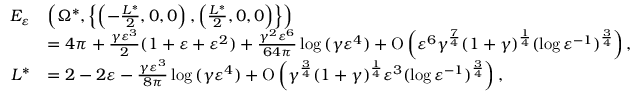
\begin{array} { r l } { E _ { \varepsilon } } & { \left( \Omega ^ { \ast } , \left\{ \left( - \frac { L ^ { \ast } } { 2 } , 0 , 0 \right) , \left( \frac { L ^ { \ast } } { 2 } , 0 , 0 \right) \right\} \right) } \\ & { = 4 \pi + \frac { \gamma \varepsilon ^ { 3 } } { 2 } ( 1 + \varepsilon + \varepsilon ^ { 2 } ) + \frac { \gamma ^ { 2 } \varepsilon ^ { 6 } } { 6 4 \pi } \log { ( \gamma \varepsilon ^ { 4 } ) } + \ensuremath { \operatorname { O } \left( \varepsilon ^ { 6 } \gamma ^ { \frac { 7 } { 4 } } ( 1 + \gamma ) ^ { \frac { 1 } { 4 } } ( \log { \varepsilon ^ { - 1 } } ) ^ { \frac { 3 } { 4 } } \right) } , } \\ { L ^ { \ast } } & { = 2 - 2 \varepsilon - \frac { \gamma \varepsilon ^ { 3 } } { 8 \pi } \log { ( \gamma \varepsilon ^ { 4 } ) } + \ensuremath { \operatorname { O } \left( \gamma ^ { \frac { 3 } { 4 } } ( 1 + \gamma ) ^ { \frac { 1 } { 4 } } \varepsilon ^ { 3 } ( \log { \varepsilon ^ { - 1 } } ) ^ { \frac { 3 } { 4 } } \right) } , } \end{array}